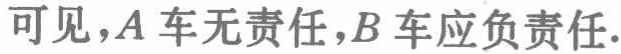
可见，\(A\)车无责任，\(B\)车应负责任.